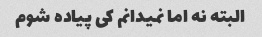
البته نه اما نمیدانم کی پیاده شوم